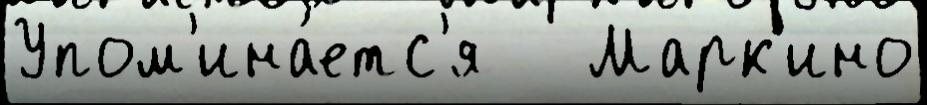
Упом'ина́етс'я   Марк'ино